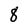
Character: 8